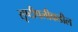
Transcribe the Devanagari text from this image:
सृष्टीपलीकडील